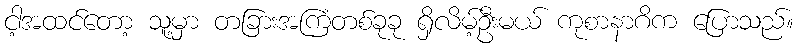
ငါ့အထင်တော့ သူ့မှာ တခြားအကြံတစ်ခုခု ရှိလိမ့်ဦးမယ် ကုစာနာဂိက ပြောသည်။